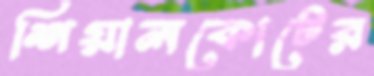
শিয়ালকোটের